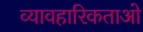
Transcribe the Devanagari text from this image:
व्यावहारिकताओ